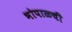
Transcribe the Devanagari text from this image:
भोपाळची